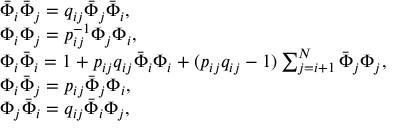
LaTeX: \begin{array} { l } { { \bar { \Phi } _ { i } \bar { \Phi } _ { j } = q _ { i j } \bar { \Phi } _ { j } \bar { \Phi } _ { i } , } } \\ { { \Phi _ { i } \Phi _ { j } = p _ { i j } ^ { - 1 } \Phi _ { j } \Phi _ { i } , } } \\ { { \Phi _ { i } \bar { \Phi } _ { i } = 1 + p _ { i j } q _ { i j } \bar { \Phi } _ { i } \Phi _ { i } + ( p _ { i j } q _ { i j } - 1 ) \sum _ { j = i + 1 } ^ { N } \bar { \Phi } _ { j } \Phi _ { j } , } } \\ { { \Phi _ { i } \bar { \Phi } _ { j } = p _ { i j } \bar { \Phi } _ { j } \Phi _ { i } , } } \\ { { \Phi _ { j } \bar { \Phi } _ { i } = q _ { i j } \bar { \Phi } _ { i } \Phi _ { j } , } } \end{array}